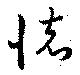
懐